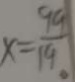
x = \frac { 9 9 } { 1 9 } 。